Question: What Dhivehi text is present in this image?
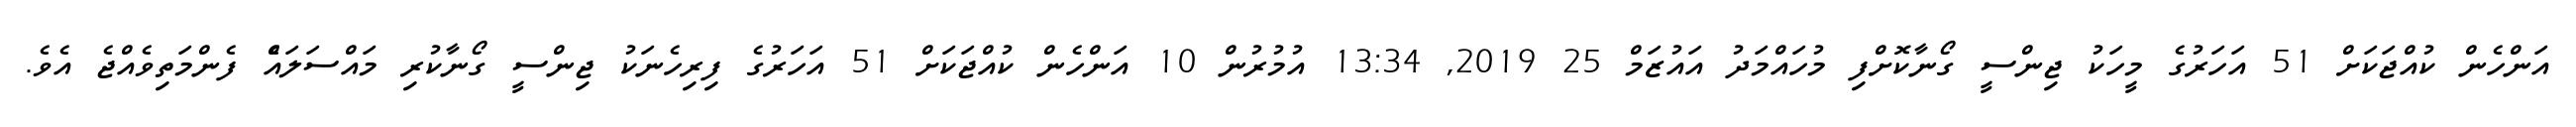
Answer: އަންހެން ކުއްޖަކަށް 51 އަހަރުގެ މީހަކު ޖިންސީ ގޯނާކޮށްފި މުހައްމަދު އައުޒަމް 25 2019, 13:34 އުމުރުން 10 އަންހެން ކުއްޖަކަށް 51 އަހަރުގެ ފިރިހެނަކު ޖިންސީ ގޯނާކުރި މައްސަލައެް ފެންމަތިވެއްޖެ އެވެ.